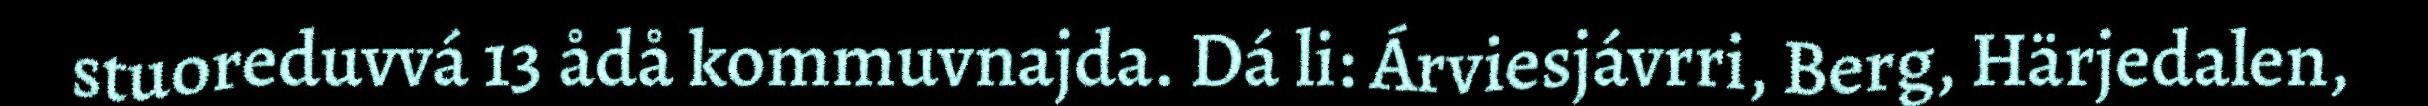
stuoreduvvá 13 ådå kommuvnajda. Dá li: Árviesjávrri, Berg, Härjedalen,